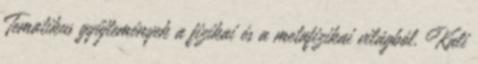
Tematikus gyűjtemények a fizikai és a metafizikai világból. Kali